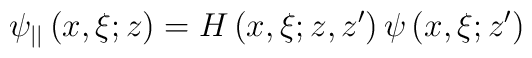
\psi_{||}\left(  x,\xi;z\right)  =H\left(  x,\xi;z,z^{\prime}\right)\psi\left(  x,\xi;z^{\prime}\right)